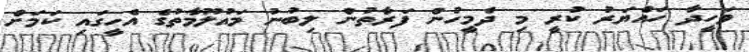
ވަހީދާ ހައްޔަރު ކުރީ މި ދެމީހުން ފަރާތުން ލިބުނު މައުލޫމާތުގެ އެހީގައި ކަމަށް